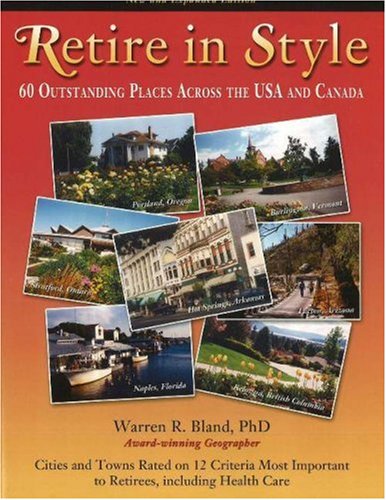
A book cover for Retire in Style: 60 Outstanding Places Across the USA and Canada; Warren R. Bland PhD; Travel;